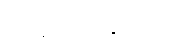
ပရိယောဒါတာတိ